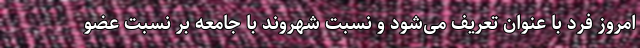
امروز فرد با عنوان تعریف می‌شود و نسبت شهروند با جامعه بر نسبت عضو